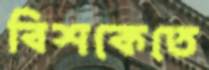
বিশকেতে